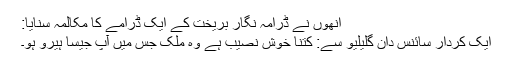
انھوں نے ڈرامہ نگار بریخت کے ایک ڈرامے کا مکالمہ سنایا:
ایک کردار سائنس دان گلیلیو سے: کتنا خوش نصیب ہے وہ ملک جس میں آپ جیسا ہیرو ہو۔